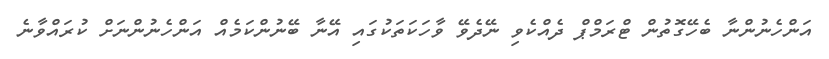
އަންހެނުންނާ ބެހޭގޮތުން ޓްރަމްޕް ދެއްކެވި ނޭދެވޭ ވާހަކަތަކުގައި އޭނާ ބޭނުންކަމެއް އަންހެނުންނަށް ކުރައްވާނެ